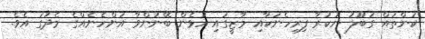
ކަންތައް ގަބޫލު ނުކުރާ ފިރިހެނަކާއި މާޒީގައި އުޅެން ބޭނުންވާ އަންހެނެއްގެ މެދުގަ އެވެ.